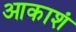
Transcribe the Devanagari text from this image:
आकाशं